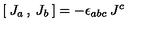
[ \: J _ { a \: } , \: J _ { b } \: ] = - \epsilon _ { a b c } \: J ^ { c }